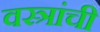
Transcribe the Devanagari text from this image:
वस्त्रांची